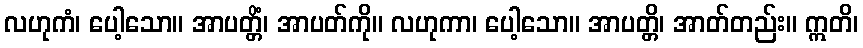
လဟုကံ၊ ပေါ့သော။ အာပတ္တိံ၊ အာပတ်ကို။ လဟုကာ၊ ပေါ့သော။ အာပတ္တိ၊ အာတ်တည်း။ ဣတိ၊